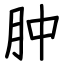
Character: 肿